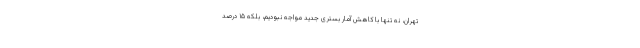
تهران، نه تنها با کاهش آمار بستری جدید مواجه نبودیم، بلکه ۱۵ درصد